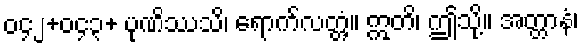
၀၄၂+၀၄၃+ ပုဏိဿသိ၊ ရောက်လတ္တံ့။ ဣတိ၊ ဤသို့။ အတ္တာနံ၊